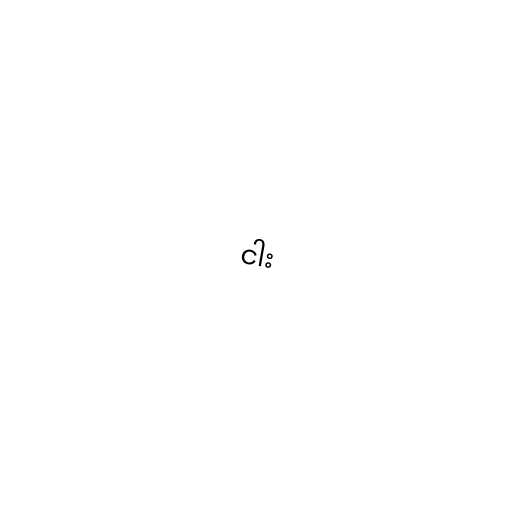
ငါး